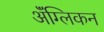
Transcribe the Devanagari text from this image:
ॲंग्लिकन